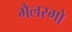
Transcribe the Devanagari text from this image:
गैलस्गो